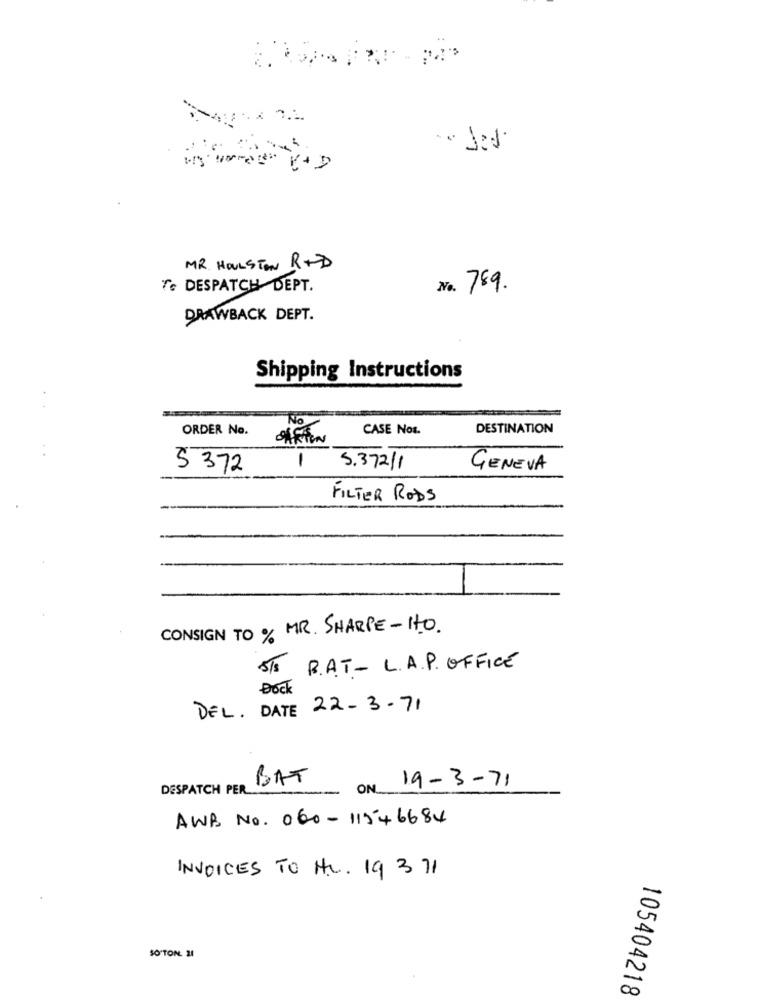
MR. HOUSTON R+D
Te DESPATCH DEPT.
No. 789.
DRAWBACK DEPT.
Shipping Instructions
.
No
ORDER No.
CASE Nos.
DESTINATION
-
5 372
5.372/1
GENEVA
FILTER RODS
CONSIGN TO % MR. SHARPE - ITO.
5/8
B.AT - L.A.P. OFFICE
Dock
DEL. DATE 22- 3-71
BAT
19-3-71
DESPATCH PER
ON
AWB No. 060 - 11546684
INVOICES TO HL. 19 3 71
SO'TON. 21
105404218